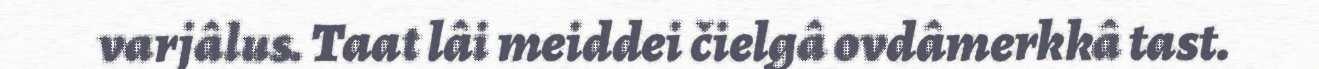
varjâlus. Taat lâi meiddei čielgâ ovdâmerkkâ tast.